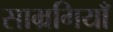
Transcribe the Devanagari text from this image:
साम्रगियाँ